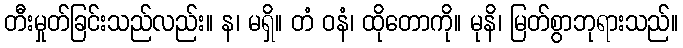
တီးမှုတ်ခြင်းသည်လည်း။ န၊ မရှိ။ တံ ဝနံ၊ ထိုတောကို။ မုနိ၊ မြတ်စွာဘုရားသည်။